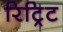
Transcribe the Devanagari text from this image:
रिट्रिट